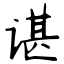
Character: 谌